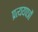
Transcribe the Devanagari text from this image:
प्रत्ययपत्रों